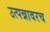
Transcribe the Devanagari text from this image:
उत्पन्नावरच